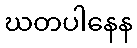
ဃတပါနေန